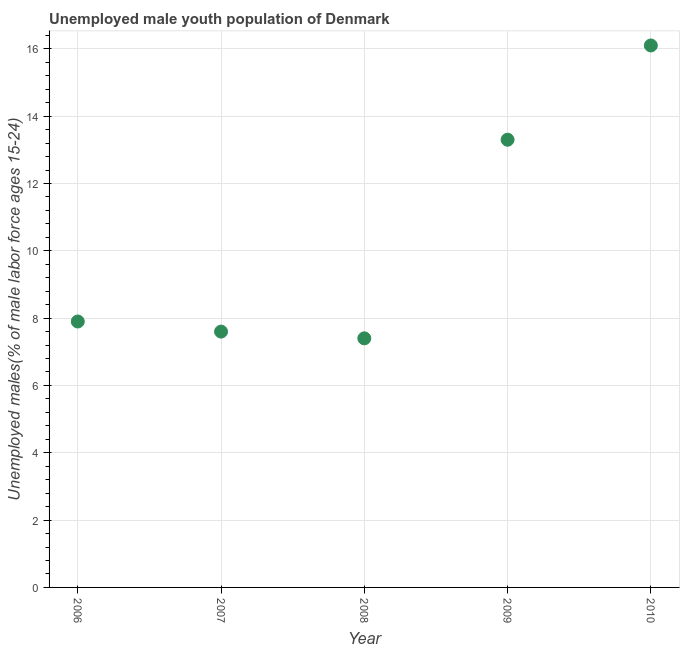
| Year | Unemployment youth male |
 | --- | --- |
 | 2006 | 7.9 |
 | 2007 | 7.6 |
 | 2008 | 7.4 |
 | 2009 | 13.3 |
 | 2010 | 16.1 |